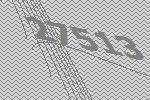
27513